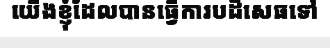
យើងខ្ញុំដែលបានធ្វើការបដិសេធទៅ